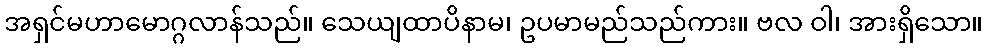
အရှင်မဟာမောဂ္ဂလာန်သည်။ သေယျထာပိနာမ၊ ဥပမာမည်သည်ကား။ ဗလ ဝါ၊ အားရှိသော။